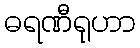
ဓရဏီရုဟာ